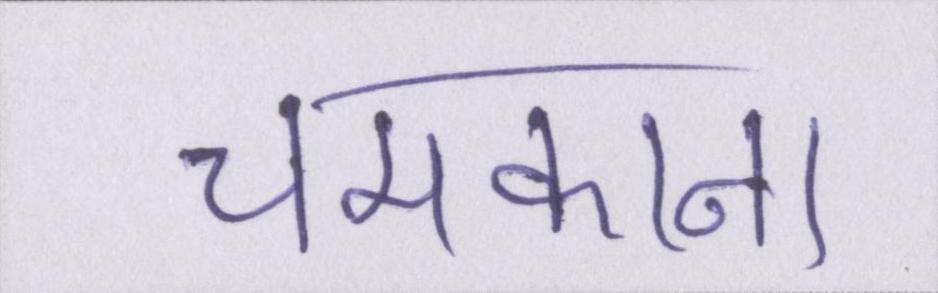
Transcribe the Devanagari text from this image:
चमकाना